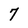
Character: 7